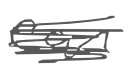
Text: can
Cross-out: scratch
Writing tool: digital_gray